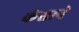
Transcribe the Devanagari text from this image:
कंसाने